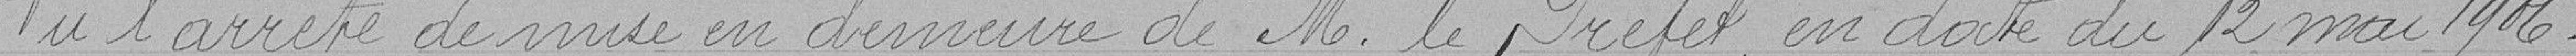
Vu l'arrêté de mise en demeure de M. le Préfet en date du 12 mai 1906